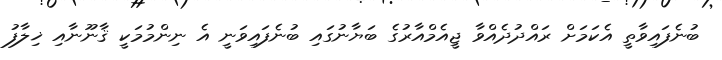
ބުނެފައިވާތީ އެކަމަށް ރައްދުދެއްވާ ޖީއެމްއާރުގެ ބަޔާނުގައި ބުނެފައިވަނީ އެ ނިންމުމަކީ ޤާނޫނާއި ޚިލާފު